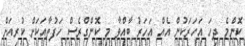
ކޮންމެ ދިހަ އަހަރަކުން އެއް އަހަރު ބާއްވާ މި ކޮންގްރެސް ހަފުތާއަކަށް ކުރިއަށް